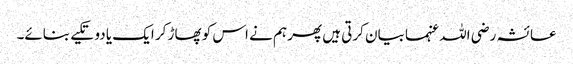
عائشہ رضی اللہ عنہما بیان کرتی ہیں پھر ہم نے اس کو پھاڑ کر ایک یا دو تکیے بنائے۔